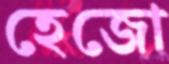
হেজো